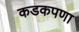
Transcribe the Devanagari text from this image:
कडकपणा